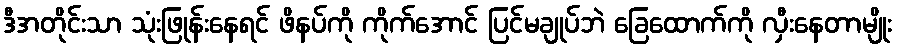
ဒီအတိုင်းသာ သုံးဖြုန်းနေရင် ဖိနပ်ကို ကိုက်အောင် ပြင်မချုပ်ဘဲ ခြေထောက်ကို လှီးနေတာမျိုး